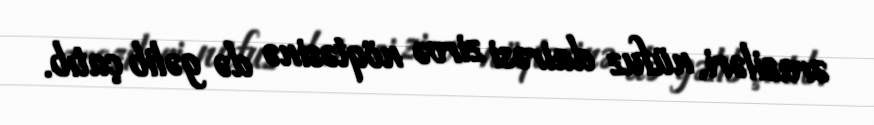
əraziləri, nüfuz dairəsi zirvə nöqtəsinə də gəlib çatıb.